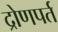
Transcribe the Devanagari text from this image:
द्रोणपर्त